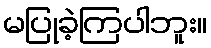
မပြုခဲ့ကြပါဘူး။